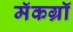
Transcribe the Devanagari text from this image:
मॅकग्रॉ